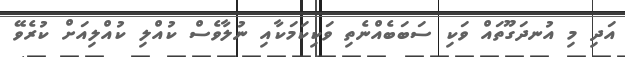
އަދި މި އުނދަގޫތައް ވަކި ސަބަބެއްނެތި ވަކިކަމަކާއި ނުލާވެސް ކުއްލި ކުއްލިއަށް ކުރެވޭ